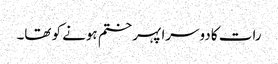
رات کا دوسرا پہر ختم ہونے کو تھا۔